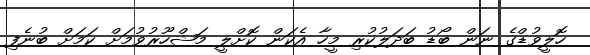
ހޮލީވުޑްގެ ނަން ބޯޑު ބަދަލުކުރި މީހާ އެކަން ކޮށްލީ މަޝްހޫރުވުމަށް ކަމަށް ބުނެފި